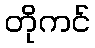
တိုကင်